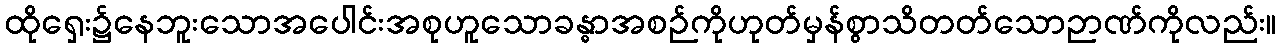
ထိုရှေး၌နေဘူးသောအပေါင်းအစုဟူသောခန္ဓာအစဉ်ကိုဟုတ်မှန်စွာသိတတ်သောဉာဏ်ကိုလည်း။